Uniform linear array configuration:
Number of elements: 8
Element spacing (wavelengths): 1
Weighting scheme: blackman
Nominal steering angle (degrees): -30
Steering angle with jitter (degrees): -30.392
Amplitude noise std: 0.05
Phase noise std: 0.05

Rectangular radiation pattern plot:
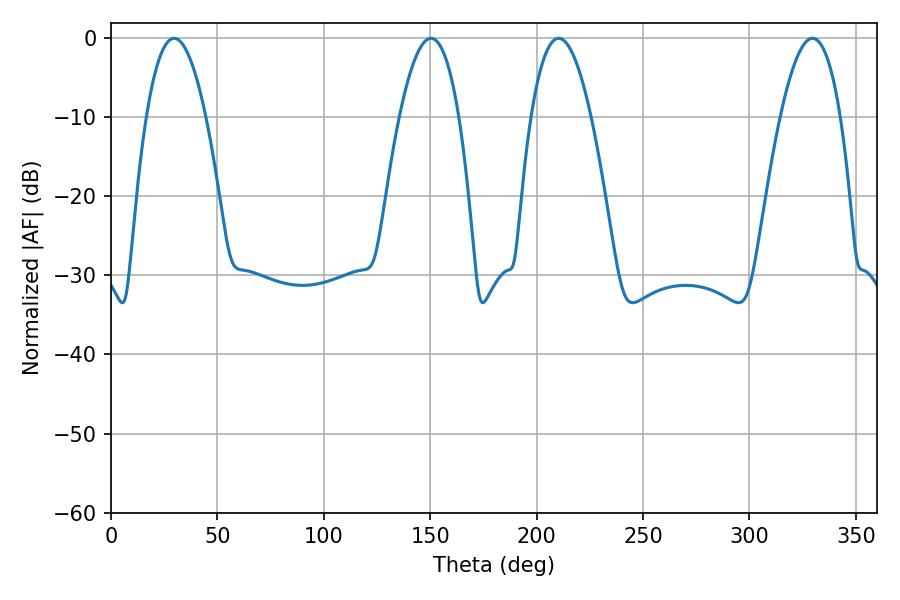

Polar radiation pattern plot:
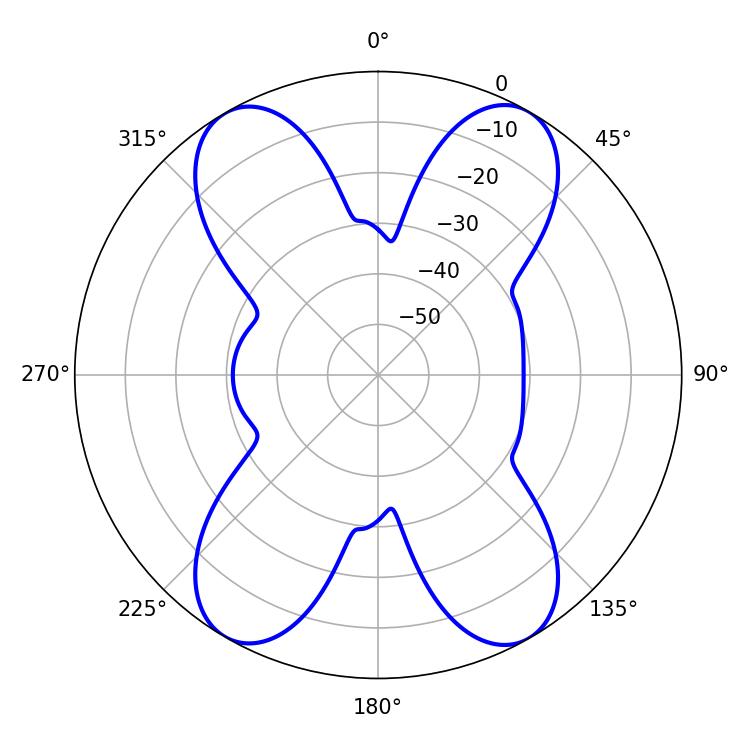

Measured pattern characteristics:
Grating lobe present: TRUE
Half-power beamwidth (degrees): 15.3
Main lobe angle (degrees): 150.3